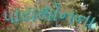
પાયથોનના